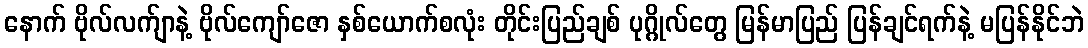
နောက် ဗိုလ်လက်ျာနဲ့ ဗိုလ်ကျော်ဇော နှစ်ယောက်စလုံး တိုင်းပြည်ချစ် ပုဂ္ဂိုလ်တွေ မြန်မာပြည် ပြန်ချင်ရက်နဲ့ မပြန်နိုင်ဘဲ